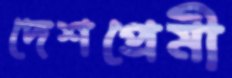
দেশপ্রেমী